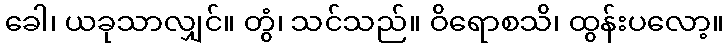
ခေါ၊ ယခုသာလျှင်။ တွံ၊ သင်သည်။ ဝိရောစသိ၊ ထွန်းပလော့။